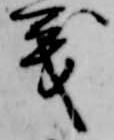
義